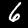
Digit: 6